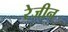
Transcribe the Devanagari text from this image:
रेजीन